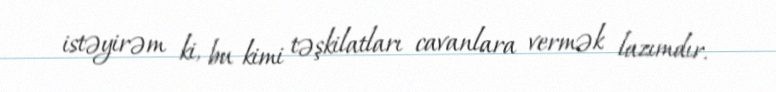
istəyirəm ki, bu kimi təşkilatları cavanlara vermək lazımdır.